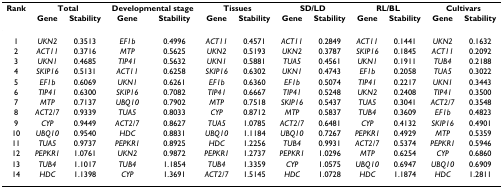
<table><thead><tr><td><b>Rank</b></td><td colspan="2"><b>Total</b></td><td colspan="2"><b>Developmental stage</b></td><td colspan="2"><b>Tissues</b></td><td colspan="2"><b>SD/LD</b></td><td colspan="2"><b>RL/BL</b></td><td colspan="2"><b>Cultivars</b></td></tr><tr><td></td><td><b>Gene</b></td><td><b>Stability</b></td><td><b>Gene</b></td><td><b>Stability</b></td><td><b>Gene</b></td><td><b>Stability</b></td><td><b>Gene</b></td><td><b>Stability</b></td><td><b>Gene</b></td><td><b>Stability</b></td><td><b>Gene</b></td><td><b>Stability</b></td></tr></thead><tbody><tr><td>1</td><td><i>UKN2</i></td><td>0.3513</td><td><i>EF1b</i></td><td>0.4996</td><td><i>ACT11</i></td><td>0.4571</td><td><i>ACT11</i></td><td>0.2849</td><td><i>ACT11</i></td><td>0.1441</td><td><i>UKN2</i></td><td>0.1632</td></tr><tr><td>2</td><td><i>ACT11</i></td><td>0.3716</td><td><i>MTP</i></td><td>0.5625</td><td><i>UKN2</i></td><td>0.5193</td><td><i>UKN2</i></td><td>0.3787</td><td><i>SKIP16</i></td><td>0.1845</td><td><i>ACT11</i></td><td>0.2092</td></tr><tr><td>3</td><td><i>UKN1</i></td><td>0.4685</td><td><i>TIP41</i></td><td>0.5632</td><td><i>UKN1</i></td><td>0.5881</td><td><i>TUA5</i></td><td>0.4561</td><td><i>UKN1</i></td><td>0.1911</td><td><i>TUB4</i></td><td>0.2188</td></tr><tr><td>4</td><td><i>SKIP16</i></td><td>0.5131</td><td><i>ACT11</i></td><td>0.6258</td><td><i>SKIP16</i></td><td>0.6302</td><td><i>UKN1</i></td><td>0.4743</td><td><i>EF1b</i></td><td>0.2058</td><td><i>TUA5</i></td><td>0.3022</td></tr><tr><td>5</td><td><i>EF1b</i></td><td>0.6069</td><td><i>UKN1</i></td><td>0.6261</td><td><i>EF1b</i></td><td>0.6360</td><td><i>EF1b</i></td><td>0.5074</td><td><i>TIP41</i></td><td>0.2217</td><td><i>UKN1</i></td><td>0.3443</td></tr><tr><td>6</td><td><i>TIP41</i></td><td>0.6300</td><td><i>SKIP16</i></td><td>0.7082</td><td><i>TIP41</i></td><td>0.6667</td><td><i>TIP41</i></td><td>0.5248</td><td><i>UKN2</i></td><td>0.2408</td><td><i>TIP41</i></td><td>0.3500</td></tr><tr><td>7</td><td><i>MTP</i></td><td>0.7137</td><td><i>UBQ10</i></td><td>0.7902</td><td><i>MTP</i></td><td>0.7518</td><td><i>SKIP16</i></td><td>0.5437</td><td><i>TUA5</i></td><td>0.3041</td><td><i>ACT2/7</i></td><td>0.3548</td></tr><tr><td>8</td><td><i>ACT2/7</i></td><td>0.9339</td><td><i>TUA5</i></td><td>0.8033</td><td><i>CYP</i></td><td>0.8712</td><td><i>MTP</i></td><td>0.5837</td><td><i>TUB4</i></td><td>0.3609</td><td><i>EF1b</i></td><td>0.4823</td></tr><tr><td>9</td><td><i>CYP</i></td><td>0.9449</td><td><i>ACT2/7</i></td><td>0.8627</td><td><i>TUA5</i></td><td>1.0785</td><td><i>ACT2/7</i></td><td>0.6481</td><td><i>CYP</i></td><td>0.4132</td><td><i>SKIP16</i></td><td>0.4901</td></tr><tr><td>10</td><td><i>UBQ10</i></td><td>0.9540</td><td><i>HDC</i></td><td>0.8831</td><td><i>UBQ10</i></td><td>1.1184</td><td><i>UBQ10</i></td><td>0.7267</td><td><i>PEPKR1</i></td><td>0.4929</td><td><i>MTP</i></td><td>0.5359</td></tr><tr><td>11</td><td><i>TUA5</i></td><td>0.9737</td><td><i>PEPKR1</i></td><td>0.8925</td><td><i>HDC</i></td><td>1.2256</td><td><i>TUB4</i></td><td>0.9931</td><td><i>ACT2/7</i></td><td>0.5374</td><td><i>PEPKR1</i></td><td>0.5946</td></tr><tr><td>12</td><td><i>PEPKR1</i></td><td>1.0761</td><td><i>UKN2</i></td><td>0.9872</td><td><i>PEPKR1</i></td><td>1.2737</td><td><i>PEPKR1</i></td><td>1.0296</td><td><i>MTP</i></td><td>0.6254</td><td><i>CYP</i></td><td>0.6860</td></tr><tr><td>13</td><td><i>TUB4</i></td><td>1.1017</td><td><i>TUB4</i></td><td>1.1854</td><td><i>TUB4</i></td><td>1.3359</td><td><i>CYP</i></td><td>1.0575</td><td><i>UBQ10</i></td><td>0.6947</td><td><i>UBQ10</i></td><td>0.6909</td></tr><tr><td>14</td><td><i>HDC</i></td><td>1.1398</td><td><i>CYP</i></td><td>1.3691</td><td><i>ACT2/7</i></td><td>1.5145</td><td><i>HDC</i></td><td>1.0728</td><td><i>HDC</i></td><td>1.1874</td><td><i>HDC</i></td><td>1.2811</td></tr></tbody></table>